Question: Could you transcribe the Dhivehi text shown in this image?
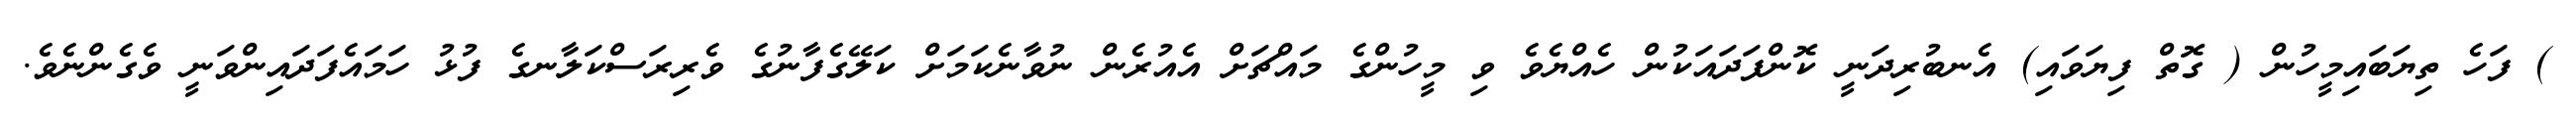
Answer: ) ފަހެ ތިޔަބައިމީހުން ( ގޮތް ފިޔަވައި) އެނބުރިދަނީ ކޮންފަދައަކުން ހެއްޔެވެ ވި މީހުންގެ މައްޗަށް އެއުރެން ނުވާނެކަމަށް ކަލޭގެފާނުގެ ވެރިރަސްކަލާނގެ ފުޅު ހަމައެފަދައިންވަނީ ވެގެންނެވެ.